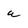
Character: a